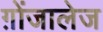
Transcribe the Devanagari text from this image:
ग़ोंजालेज